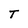
Character: T